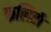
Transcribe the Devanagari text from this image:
कलितौ